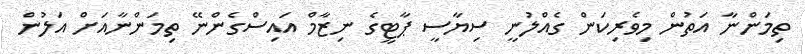
ތިމަންނާ އަތުން މިވެރިކަން ގެއްލުނީ ސިޔާސީ ޕާޓީގެ ނިޒާމް އައިސްގެންނޭ ތިމަންނާއަށް އަލުން